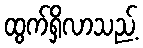
ထွက်ရှိလာသည့်